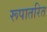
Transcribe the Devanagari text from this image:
रूपातरित